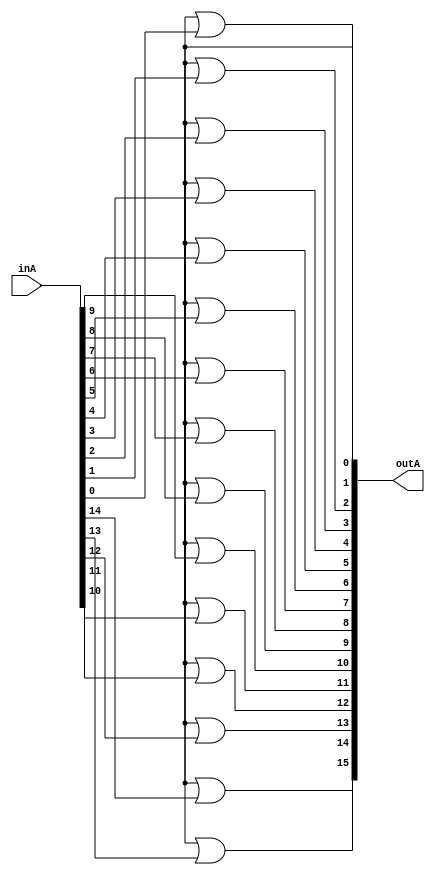
module shiftLeft(outA, inA);
	output [15:0] outA;
	
	input [15:0] inA;
	or(outA[15],low,inA[14]);
	or(outA[14],low,inA[13]);
	or(outA[13],low,inA[12]);
	or(outA[12],low,inA[11]);
	or(outA[11],low,inA[10]);
	or(outA[10],low,inA[9]);
	or(outA[9],low,inA[8]);
	or(outA[8],low,inA[7]);
	or(outA[7],low,inA[6]);
	or(outA[6],low,inA[5]);
	or(outA[5],low,inA[4]);
	or(outA[4],low,inA[3]);
	or(outA[3],low,inA[2]);
	or(outA[2],low,inA[1]);
	or(outA[1],low,inA[0]);
	or(outA[0],low,low);
	
endmodule

module shiftRight(outA, inA);
	output [15:0] outA;
	input [15:0] inA;
	
	or(outA[0],low,inA[1]);
	or(outA[1],low,inA[2]);
	or(outA[2],low,inA[3]);
	or(outA[3],low,inA[4]);
	or(outA[4],low,inA[5]);
	or(outA[5],low,inA[6]);
	or(outA[6],low,inA[7]);
	or(outA[7],low,inA[8]);
	or(outA[9],low,inA[10]);
	or(outA[10],low,inA[11]);
	or(outA[11],low,inA[12]);
	or(outA[12],low,inA[13]);
	or(outA[13],low,inA[14]);
	or(outA[14],low,inA[15]);
	or(outA[15],low,low);
endmodule